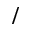
/